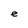
Character: e